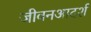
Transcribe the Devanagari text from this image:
जीवनआदर्श